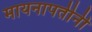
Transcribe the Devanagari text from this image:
मायनापतीनी